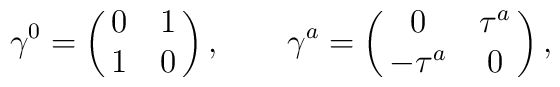
\gamma^{0}=\pmatrix{0&1\cr 1&0}, \qquad \gamma^{a}=\pmatrix{0&\tau^a\cr-\tau^a&0},